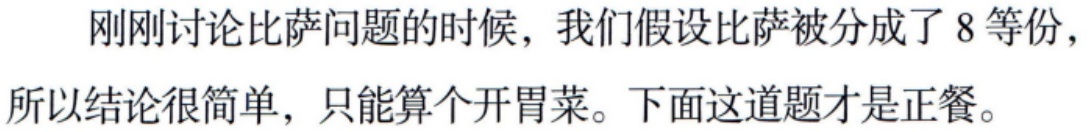
刚刚讨论比萨问题的时候，我们假设比萨被分成了8等份，所以结论很简单，只能算个开胃菜。下面这道题才是正餐。